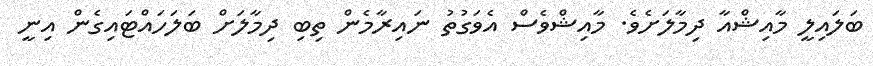
ބަލައިލީ މާއިޝްއާ ދިމާލަށެވެ. މާއިޝްވެސް އެވަގުތު ނައިރާމެން ތިބި ދިމާލަށް ބަލަހައްޓައިގެން އިނީ